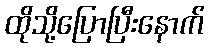
ထိုသို့ပြောပြီးနောက်